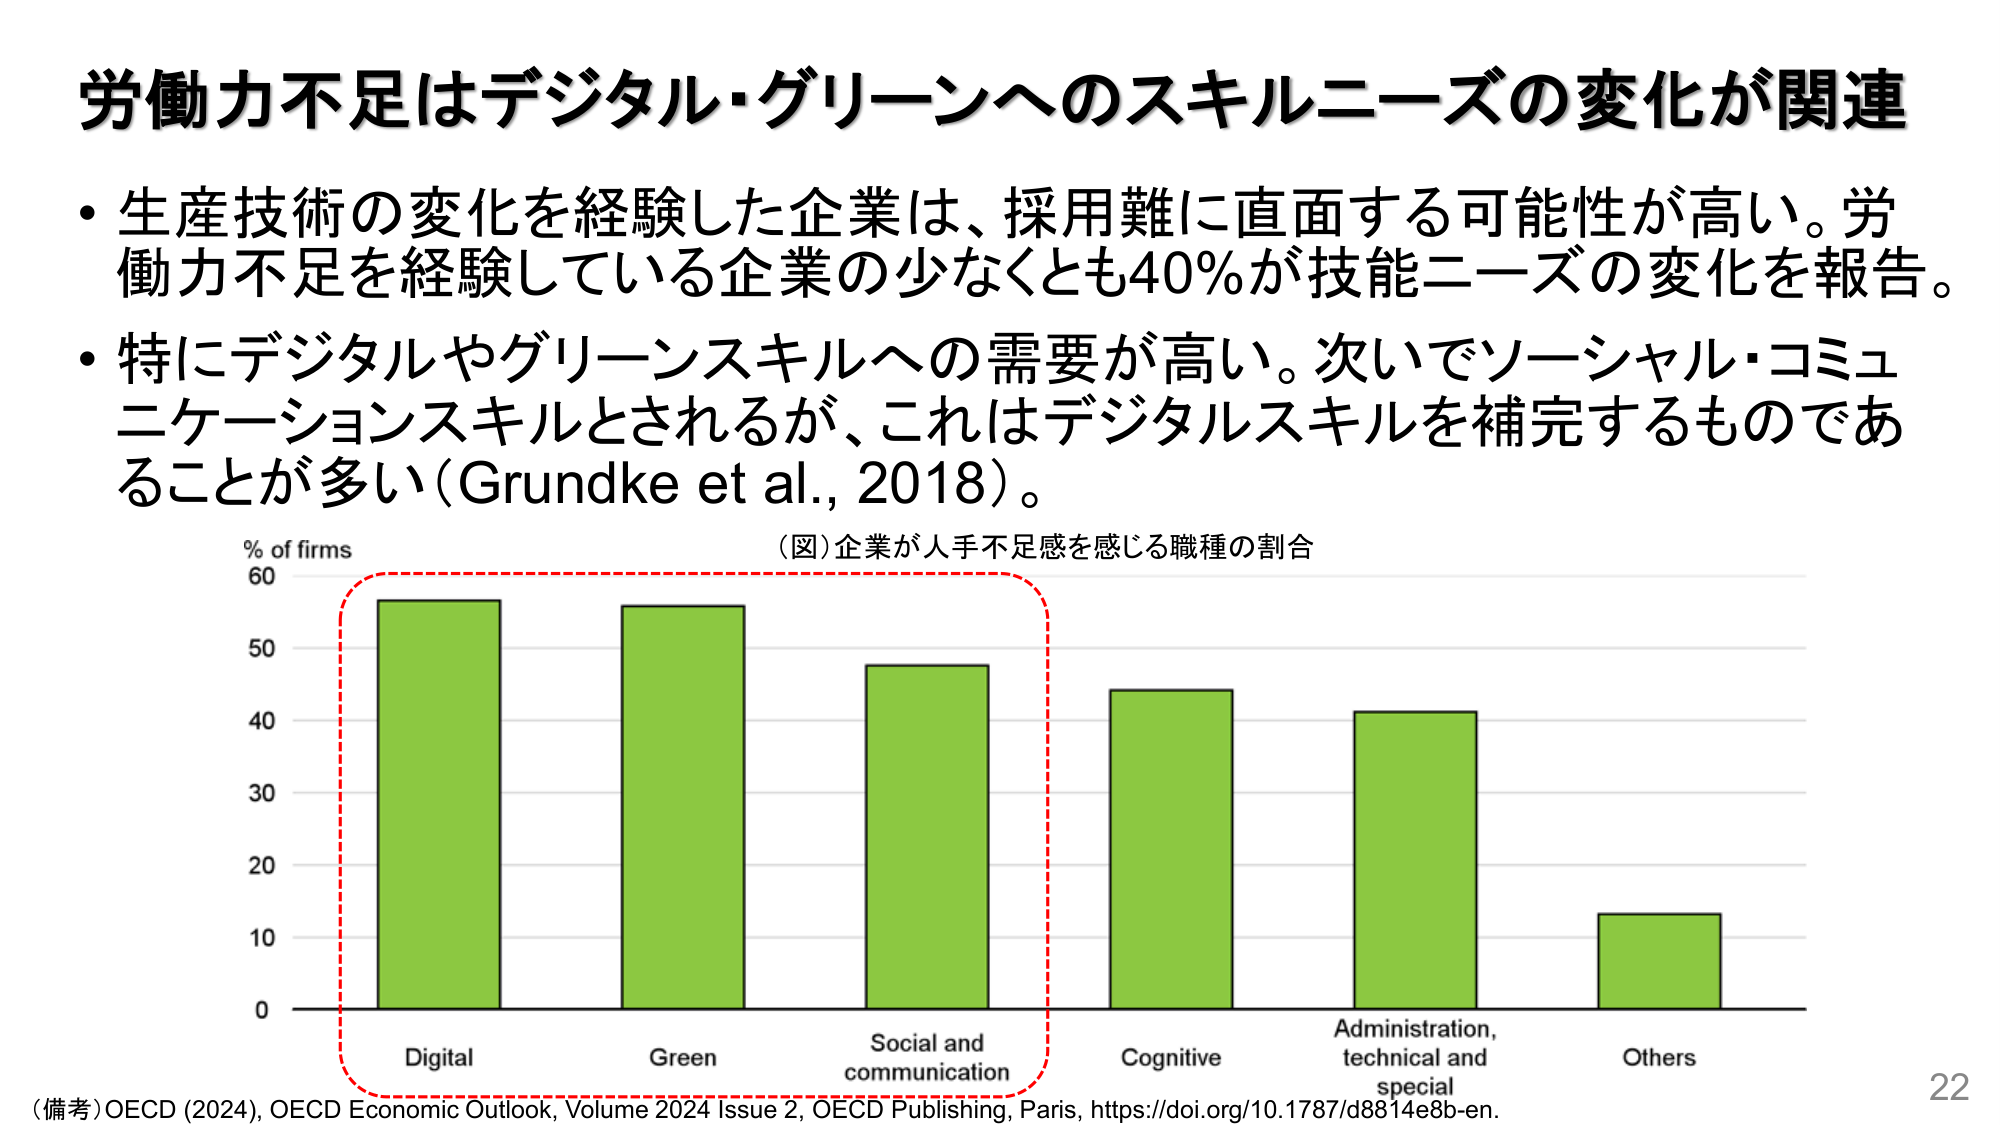
労働力不足はデジタル・グリーンへのスキルニーズの変化が関連

・生産技術の変化を経験した企業は、採用難に直面する可能性が高い。労働力不足を経験している企業の少なくとも40％が技能ニーズの変化を報告。

・特にデジタルやグリーンスキルへの需要が高い。次いでソーシャル・コミュニケーションスキルとされるが、これはデジタルスキルを補完するものであることが多い（Grundke et al., 2018）。

（図）企業が人手不足感を感じる職種の割合

% of firms
60
50
40
30
20
10
0

Digital
Green
Social and communication
Cognitive
Administration, technical and special
Others

（備考）OECD (2024), OECD Economic Outlook, Volume 2024 Issue 2, OECD Publishing, Paris, https://doi.org/10.1787/d8814e8b-en.

22